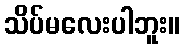
သိပ်မလေးပါဘူး။